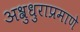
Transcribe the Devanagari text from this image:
अश्रुधुराप्रमाणे